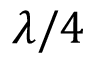
\lambda / 4